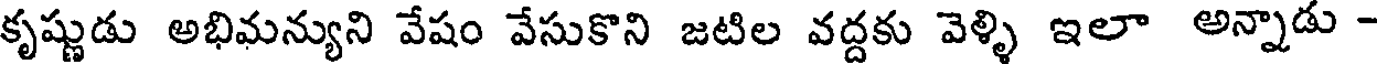
కృష్ణుడు అభిమన్యుని వేషం వేసుకొని జటిల వద్దకు వెళ్ళి ఇలా అన్నాడు -